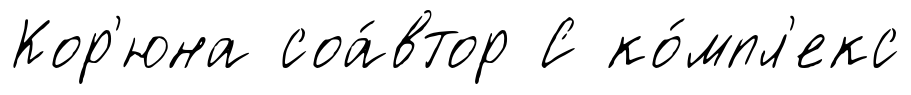
Кор'юна соа́втор С ко́мпл'екс